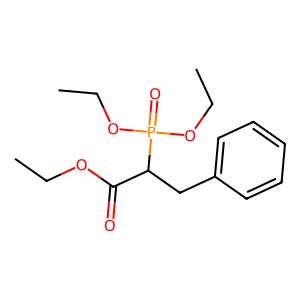
SMILES: CCOC(=O)C(Cc1ccccc1)P(=O)(OCC)OCC
Inhibits HIV replication: No